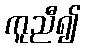
ကူညီ၍